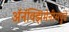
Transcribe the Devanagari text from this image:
अॅनॅक्झिमेनीसपुढे